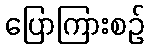
ပြောကြားစဉ်